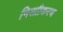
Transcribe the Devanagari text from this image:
निशाीकरण